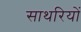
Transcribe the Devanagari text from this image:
साथरियों